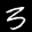
Label: 3